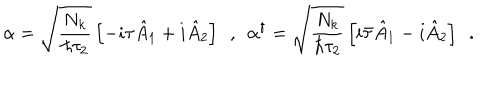
LaTeX: \alpha = \sqrt { \frac { N _ { k } } { \hbar \tau _ { 2 } } } \left[ - i \tau \hat { A } _ { 1 } + i \hat { A } _ { 2 } \right] \ \ , \ \ \alpha ^ { \dagger } = \sqrt { \frac { N _ { k } } { \hbar \tau _ { 2 } } } \left[ i \bar { \tau } \hat { A } _ { 1 } - i \hat { A } _ { 2 } \right] \ \ .